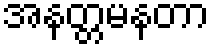
အနတ္တမနတာ